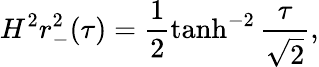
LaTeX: H^{2}r_{-}^{2}(\tau)=\frac{1}{2}\operatorname{tanh}^{-2}\frac{\tau}{\sqrt{2}},